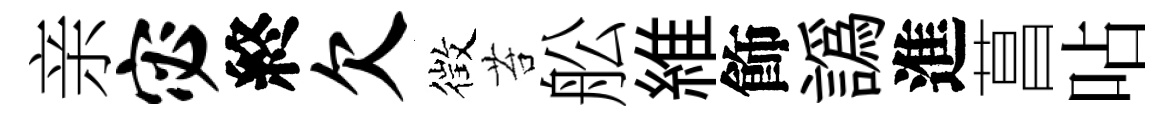
亲宓終欠徴苔舩維飾譌進菖呫